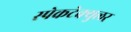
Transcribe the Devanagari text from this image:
स्पेकटेक्युलर